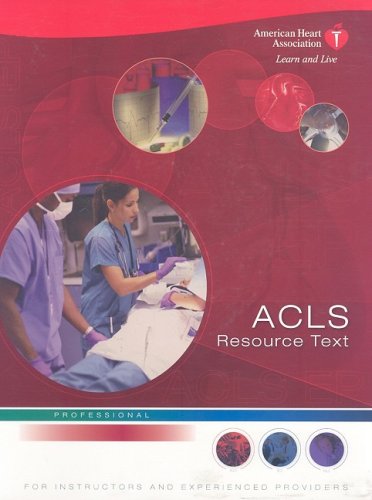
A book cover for ACLS Resource Text for Instructors and Experienced Providers; Health, Fitness & Dieting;